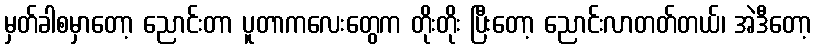
မှတ်ခါစမှာတော့ ညောင်းတာ ပူတာကလေးတွေက တိုးတိုး ပြီးတော့ ညောင်းလာတတ်တယ်၊ အဲဒီတော့